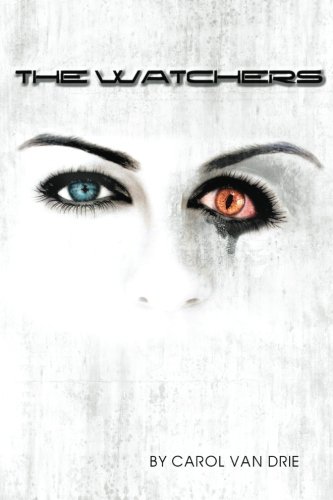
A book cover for The Watchers (Volume 1); Carol Van Drie; Christian Books & Bibles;